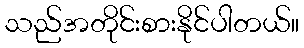
သည်အတိုင်းစားနိုင်ပါတယ်။